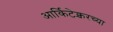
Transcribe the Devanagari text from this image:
आर्किटेक्चरच्या